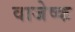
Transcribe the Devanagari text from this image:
वाजेष्क